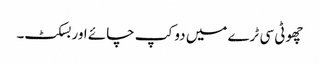
چھوٹی سی ٹرے میں دو کپ چائے اور بسکٹ۔